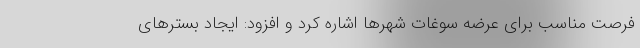
فرصت مناسب برای عرضه سوغات شهر‌ها اشاره کرد و افزود: ایجاد بستر‌های